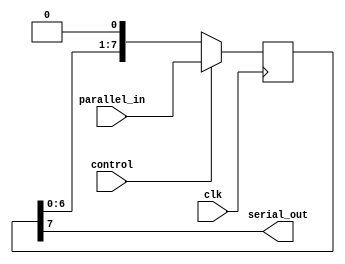
module parallel_in_serial_out_register(
    input wire clk,
    input wire control,
    input wire [7:0] parallel_in,
    output reg serial_out
);

reg [7:0] register;

always @ (posedge clk) begin
    if(control) begin
        register <= parallel_in;
    end else begin
        register <= {register[6:0], 1'b0};
    end
end

assign serial_out = register[7];

endmodule